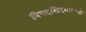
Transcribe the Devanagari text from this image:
त्रिपदस्त्रिदशाध्यक्षो